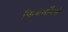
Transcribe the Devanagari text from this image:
फिशमॉंगर्स